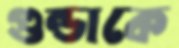
গুন্ডাকে